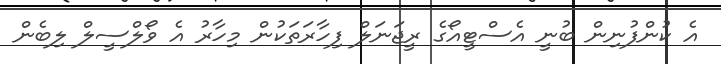
އެ ކުންފުނިން ބުނީ އެސްޓީއޯގެ ރީޖަނަލް ފިހާރަތަކުން މިހާރު އެ ވޯލްސީލް ލިބެން